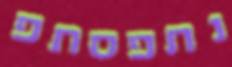
נתפסתפ